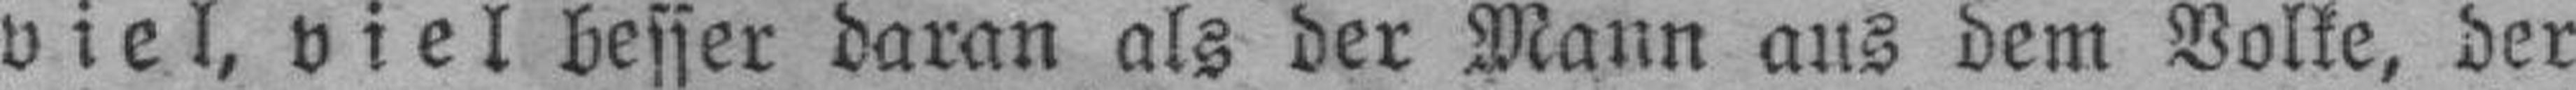
viel, viel besser daran als der Mann aus dem Volke, der